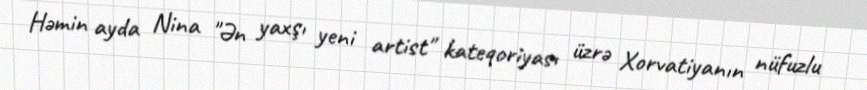
Həmin ayda Nina "Ən yaxşı yeni artist" kateqoriyası üzrə Xorvatiyanın nüfuzlu